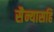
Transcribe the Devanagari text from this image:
सैन्यासहि